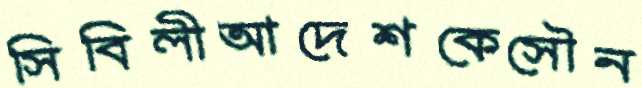
সিবিলীআদেশকেসৌন